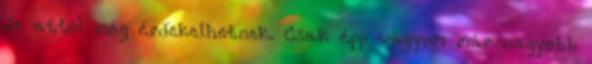
de attól még érdekelhetnek. Csak épp vágyom már nagyobb